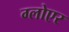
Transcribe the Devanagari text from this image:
ग्लोएर